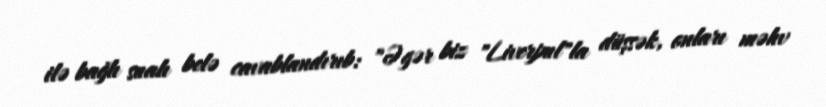
ilə bağlı sualı belə cavablandırıb: "Əgər biz "Liverpul"la düşsək, onları məhv